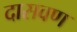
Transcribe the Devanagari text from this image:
दासवण